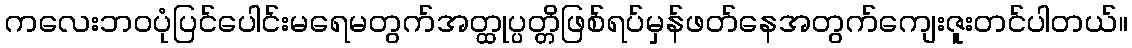
ကလေးဘဝပုံပြင်ပေါင်းမရေမတွက်အတ္ထုပ္ပတ္တိဖြစ်ရပ်မှန်ဖတ်နေအတွက်ကျေးဇူးတင်ပါတယ်။